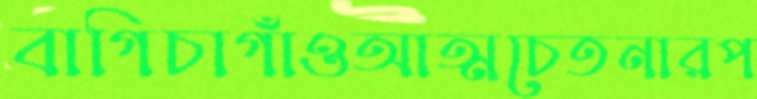
বাগিচাগাঁওআত্মচেতনারপ